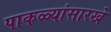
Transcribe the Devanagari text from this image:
पाकळ्यांसारखे